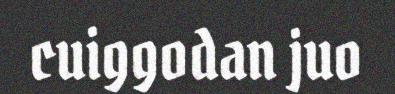
cuiggodan juo